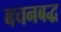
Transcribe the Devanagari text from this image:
बचनबद्ध